Note on the mental hospitals in Burma - 1925-1940
Year: 1925
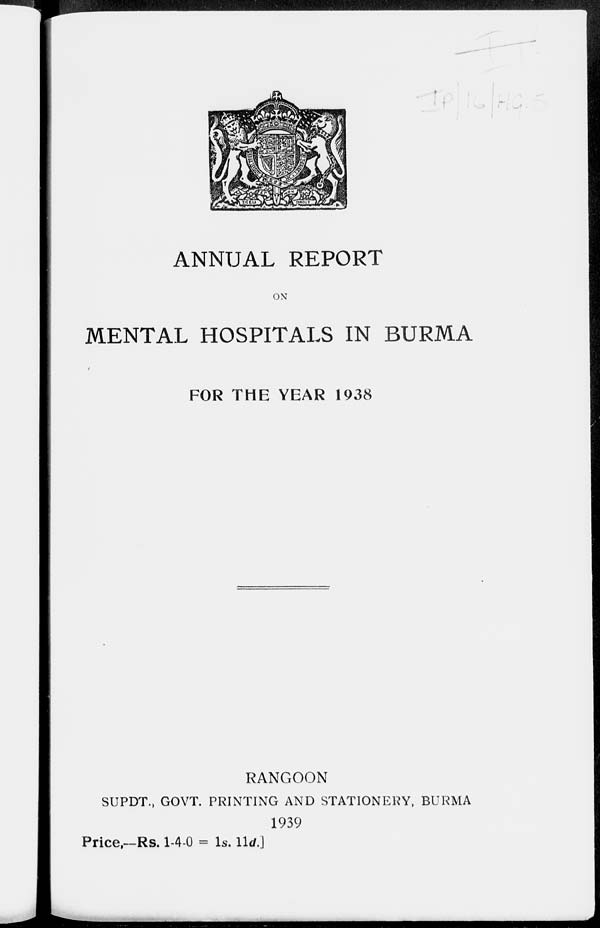
ANNUAL REPORT
ON
MENTAL HOSPITALS IN BURMA
FOR THE YEAR 1938
RANGOON
SUPDT., GOVT. PRINTING AND STATIONERY, BURMA
1939
Price,—Rs. 1-4-0 = 1s. 11d.]